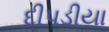
દીપડીયા